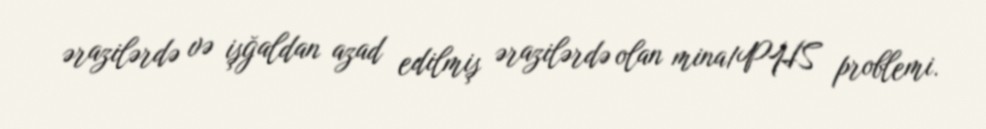
ərazilərdə və işğaldan azad edilmiş ərazilərdə olan mina/PHS problemi.